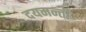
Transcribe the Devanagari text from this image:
दयमन्ती